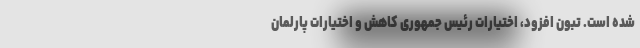
شده است. تبون افزود، اختیارات رئیس جمهوری کاهش و اختیارات پارلمان